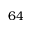
6 4